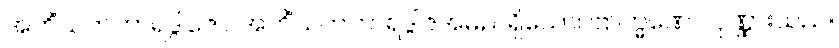
အဟိံသကဘာရဒွါဇော၊ အဟိံသကဘာရဒွါဇအမည်ရှိသော။ ဗြာဟ္မဏော၊ ပုဏ္ဏားသည်။